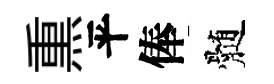
𤋱平俸髄